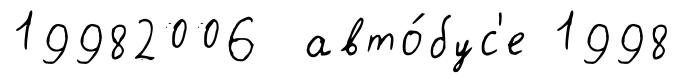
19982006 авто́бус'е 1998